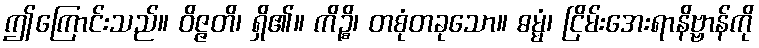
ဤကြောင်းသည်။ ဝိဇ္ဇတိ၊ ရှိ၏။ ကိဉ္စိ၊ တစုံတခုသော။ ဓမ္မံ၊ ငြိမ်းအေးရာနိဗ္ဗာန်ကို